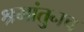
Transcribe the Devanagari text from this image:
श्रमांतुनच